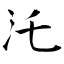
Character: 汑